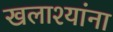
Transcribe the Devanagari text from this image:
खलाश्यांना